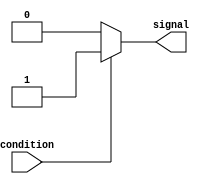
module simple_assign_statement (
    input wire condition,
    output reg signal
);

always @(condition)
begin
    if (condition)
        signal <= 1'b1; // Assigning value 1 to signal when condition is true
    else
        signal <= 1'b0; // Assigning value 0 to signal when condition is false
end

endmodule